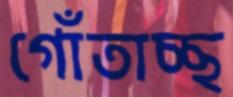
গোঁতাচ্ছ